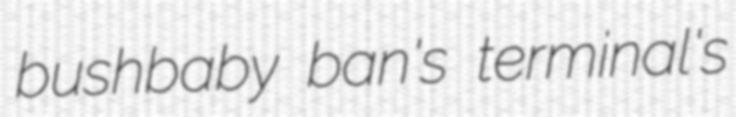
bushbaby ban's terminal's